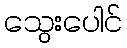
သွေးပေါင်